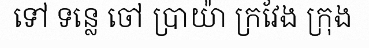
ទៅ ទន្លេ ចៅ ប្រាយ៉ា ក្រវែង ក្រុង